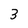
Character: 3